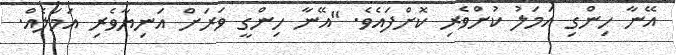
އޭނާ ހިންގި އަމަލު ކުށްވެރި ކޮށްފައެވެ. "އޭނާ ހިންގީ ވަރަށް އަނިޔާވެރި އަމަލެއް.